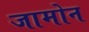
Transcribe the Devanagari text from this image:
जामोन